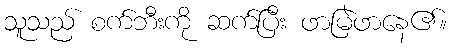
သူသည် စက်ဘီးကို ဆက်ပြီး ဖာမြဲဖာနေ၏။